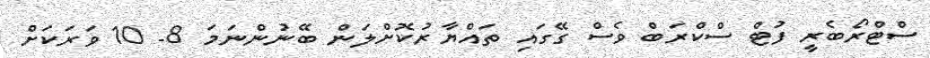
ސްޓްރޯބެރީ ފުޓް ސްކްރަބް ވެސް ގޭގައި ތައްޔާރުކޮށްލަން ބޭނުންނަމަ 8- 10 ވަރަކަށް